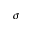
\sigma